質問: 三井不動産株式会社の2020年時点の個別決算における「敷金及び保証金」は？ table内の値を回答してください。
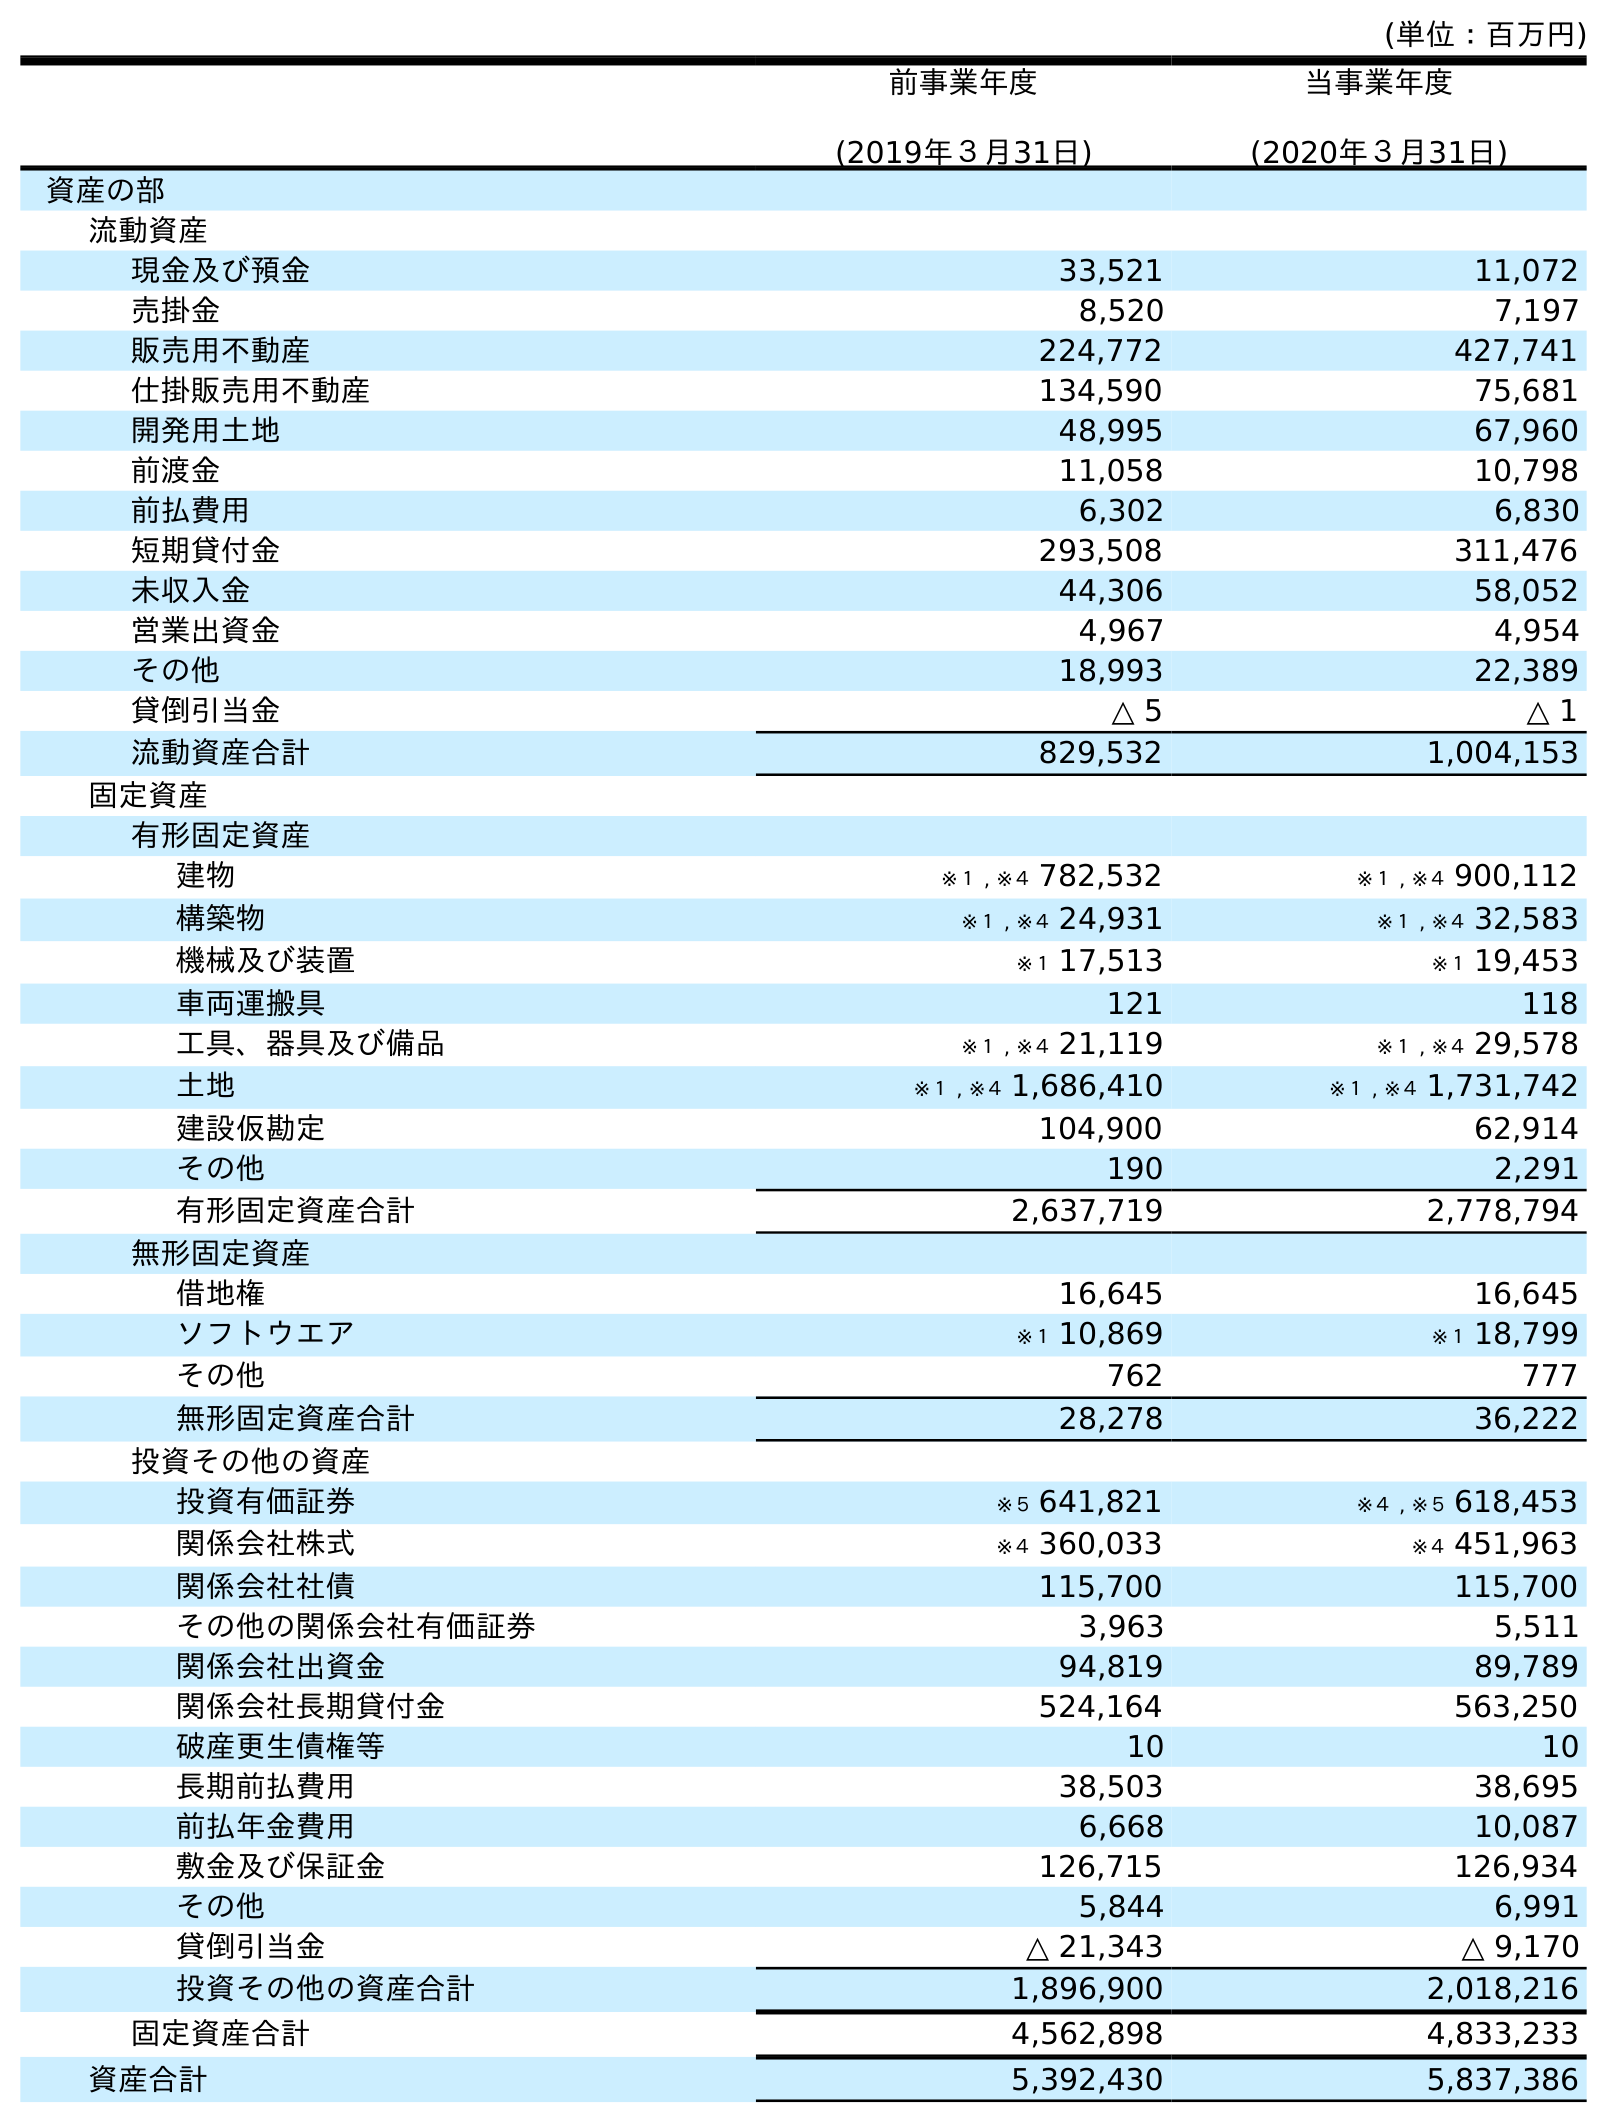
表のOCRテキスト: (単位：百万円) 前事業年度 (2019年３月31日) 当事業年度 (2020年３月31日) 資産の部 流動資産 現金及び預金 33,521 11,072 売掛金 8,520 7,197 販売用不動産 224,772 427,741 仕掛販売用不動産 134,590 75,681 開発用土地 48,995 67,960 前渡金 11,058 10,798 前払費用 6,302 6,830 短期貸付金 293,508 311,476 未収入金 44,306 58,052 営業出資金 4,967 4,954 その他 18,993 22,389 貸倒引当金 △ 5 △ 1 流動資産合計 829,532 1,004,153 固定資産 有形固定資産 建物 ※１ , ※４ 782,532 ※１ , ※４ 900,112 構築物 ※１ , ※４ 24,931 ※１ , ※４ 32,583 機械及び装置 ※１ 17,513 ※１ 19,453 車両運搬具 121 118 工具、器具及び備品 ※１ , ※４ 21,119 ※１ , ※４ 29,578 土地 ※１ , ※４ 1,686,410 ※１ , ※４ 1,731,742 建設仮勘定 104,900 62,914 その他 190 2,291 有形固定資産合計 2,637,719 2,778,794 無形固定資産 借地権 16,645 16,645 ソフトウエア ※１ 10,869 ※１ 18,799 その他 762 777 無形固定資産合計 28,278 36,222 投資その他の資産 投資有価証券 ※５ 641,821 ※４ , ※５ 618,453 関係会社株式 ※４ 360,033 ※４ 451,963 関係会社社債 115,700 115,700 その他の関係会社有価証券 3,963 5,511 関係会社出資金 94,819 89,789 関係会社長期貸付金 524,164 563,250 破産更生債権等 10 10 長期前払費用 38,503 38,695 前払年金費用 6,668 10,087 敷金及び保証金 126,715 126,934 その他 5,844 6,991 貸倒引当金 △ 21,343 △ 9,170 投資その他の資産合計 1,896,900 2,018,216 固定資産合計 4,562,898 4,833,233 資産合計 5,392,430 5,837,386
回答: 126,934